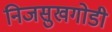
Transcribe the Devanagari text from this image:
निजसुखगोडी